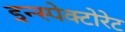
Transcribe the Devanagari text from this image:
इन्स्पेक्टोरेट